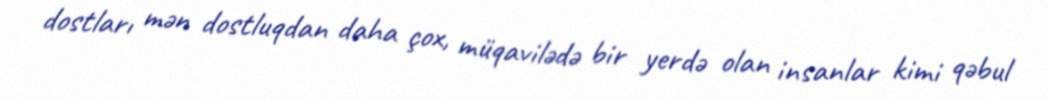
dostları mən dostluqdan daha çox, müqavilədə bir yerdə olan insanlar kimi qəbul